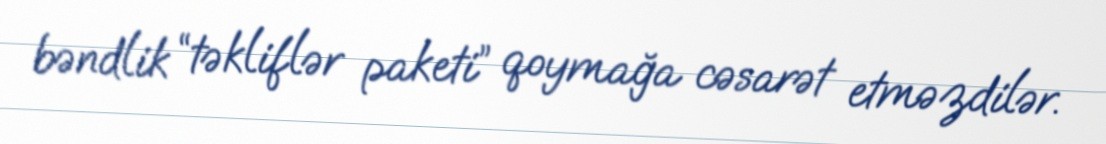
bəndlik “təkliflər paketi” qoymağa cəsarət etməzdilər.